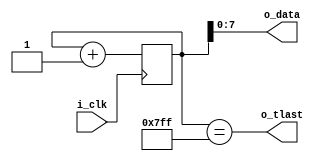
`timescale 1ns / 1ps
`default_nettype none
//////////////////////////////////////////////////////////////////////////////////
// Company: 
// Engineer: 
// 
// Design Name: 
// Module Name: counter_with_tlast
// Project Name: 
// Target Devices: 
// Tool Versions: 
// Description: 
// 
// Dependencies: 
// 
// Revision:
// Revision 0.01 - File Created
// Additional Comments:
// 
//////////////////////////////////////////////////////////////////////////////////


module counter_with_tlast(
    input wire i_clk,
    output wire [7:0] o_data,
    output wire o_tlast
);

reg [10:0] r_counter = 0;

assign o_data = r_counter[7:0];
assign o_tlast = (r_counter == 2047);

always @(negedge i_clk) begin
    r_counter <= r_counter + 1;
end
    
endmodule